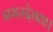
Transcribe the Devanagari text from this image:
नगरदेवता।